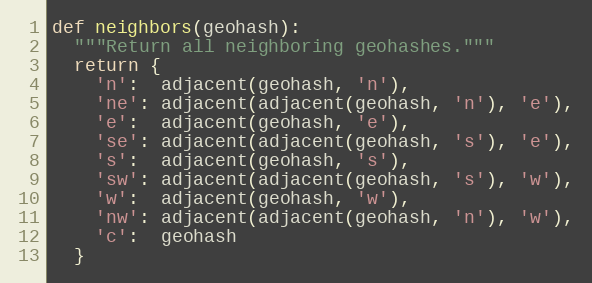
Language: Python
def neighbors(geohash):
  """Return all neighboring geohashes."""
  return {
    'n':  adjacent(geohash, 'n'),
    'ne': adjacent(adjacent(geohash, 'n'), 'e'),
    'e':  adjacent(geohash, 'e'),
    'se': adjacent(adjacent(geohash, 's'), 'e'),
    's':  adjacent(geohash, 's'),
    'sw': adjacent(adjacent(geohash, 's'), 'w'),
    'w':  adjacent(geohash, 'w'),
    'nw': adjacent(adjacent(geohash, 'n'), 'w'),
    'c':  geohash
  }